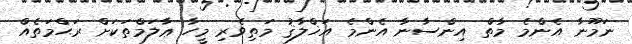
ނަމޫނާ އެންމެ މާތް އިންސާނާ އެންމެ އަޚްލާޤު މަތިވެރި މީހާ ޢާލަމްތަކަށް ރަޙްމަތެއް